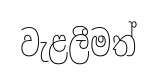
වැළලීමත්